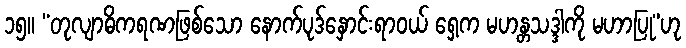
၁၅။ “တုလျာဓိကရဏဖြစ်သော နောက်ပုဒ်နှောင်းရာဝယ် ရှေ့က မဟန္တသဒ္ဒါကို မဟာပြု”ဟု